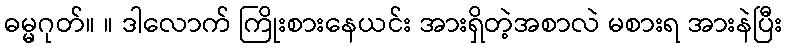
ဓမ္မဂုတ်။ ။ ဒါလောက် ကြိုးစားနေယင်း အားရှိတဲ့အစာလဲ မစားရ အားနဲပြီး